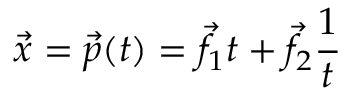
{ \vec { x } } = { \vec { p } } ( t ) = { \vec { f } } _ { 1 } t + { \vec { f } } _ { 2 } { \frac { 1 } { t } }